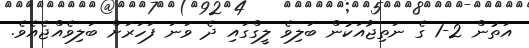
އަތުން 2-1 ގެ ނަތިޖާއަކުން ބަލިވެ ލީގްގައި ދެ ވަނަ ފަހަރަށް ބަލިވެއްޖެއެވެ.